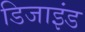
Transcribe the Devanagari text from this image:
डिजाइंड